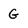
Character: G